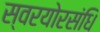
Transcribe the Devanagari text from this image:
स्वरयोरसंधि